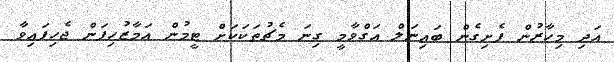
އަދި މިހާރުން ފެށިގެން ބައިނަލް އަގްވާމީ ގިނަ މެޗުތަކަކަށް ޓީމުން އަމާޒުހިފަން ޖެހިފައިވާ